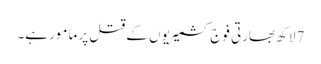
7 لاکھ بھارتی فوج کشمیریوں کے قتل پر مامور ہے۔